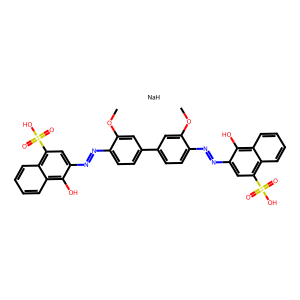
SMILES: COc1cc(-c2ccc(N=Nc3cc(S(=O)(=O)O)c4ccccc4c3O)c(OC)c2)ccc1N=Nc1cc(S(=O)(=O)O)c2ccccc2c1O.[NaH]
Inhibits HIV replication: No